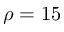
\rho = 1 5